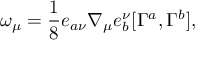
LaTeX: \omega _ { \mu } = \frac { 1 } { 8 } e _ { a \nu } \nabla _ { \mu } e _ { b } ^ { \nu } [ \Gamma ^ { a } , \Gamma ^ { b } ] ,